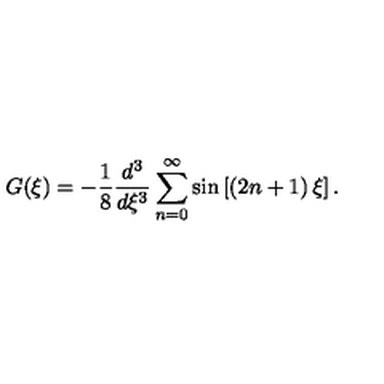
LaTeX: G ( \xi ) = - \frac { 1 } { 8 } \frac { d ^ { 3 } } { d \xi ^ { 3 } } \sum _ { n = 0 } ^ { \infty } \sin \left[ \left( 2 n + 1 \right) \xi \right] .